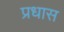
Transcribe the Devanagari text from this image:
प्रधास